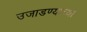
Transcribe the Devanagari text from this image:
उजाडण्याच्या